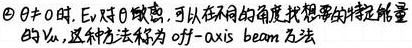
当$\theta \neq 0$时，$E_{\gamma}$对$\theta$敏感，可以在不同的角度找到想要的特定能量的$\gamma_{\nu}$，这种方法称为off - axis beam方法。